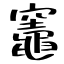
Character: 竈